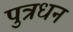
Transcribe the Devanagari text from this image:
पुत्रधन